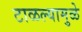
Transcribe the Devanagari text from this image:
टाळल्यामुळे